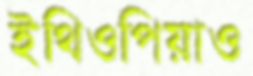
ইথিওপিয়াও